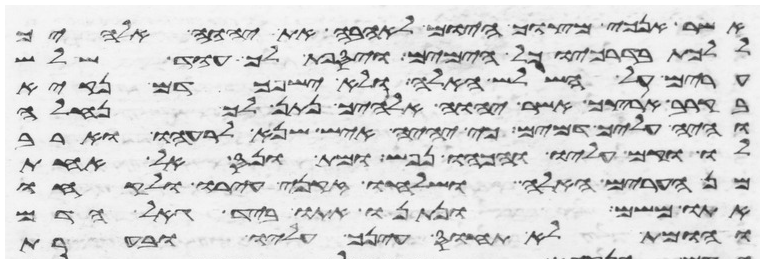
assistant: אשר אנכי מצוך היום לאהבה את יהוה אלהיך
ללכת בדרכיו כל הימים ויספת לך עוד שלש
ערים על השלש האלה ולא ישפך דם נקיא
בקרב ארצך אשר יהוה אלהיך נתן לך נחלה
והיה עליך דמים כי יהיה איש שנא לרעהו וארב
לו וקם עליו והכהו נפש ומת ונס אל אחת
מן הערים האלה ושלחו זקני עירו ולקחו
אתו משם ונתנו אתו ביד גאל הדם
והומת לא תחוס עינך עליו ובערת